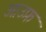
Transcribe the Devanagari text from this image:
आउफ़